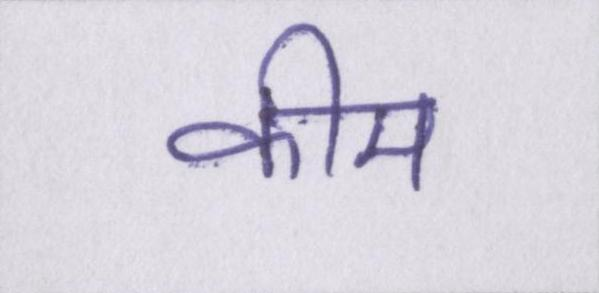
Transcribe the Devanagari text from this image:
कीम